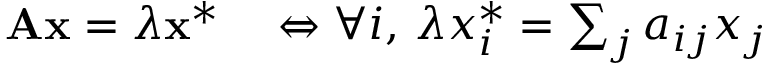
\begin{array} { r l } { \mathbf { A x } = \lambda \mathbf { x } ^ { * } } & { { } \Leftrightarrow \forall i , \, \lambda x _ { i } ^ { * } = \sum _ { j } a _ { i j } x _ { j } } \end{array}